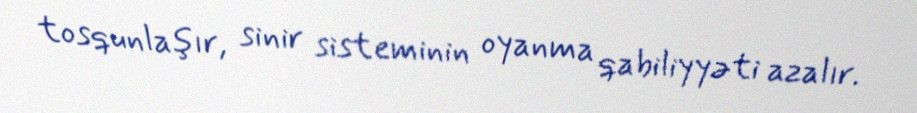
tosqunlaşır, sinir sisteminin oyanma qabiliyyəti azalır.